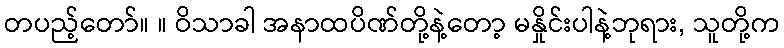
တပည့်တော်။ ။ ဝိသာခါ အနာထပိဏ်တို့နဲ့တော့ မနှိုင်းပါနဲ့ဘုရား, သူတို့က